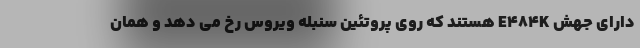
دارای جهش E۴۸۴K هستند که روی پروتئین سنبله ویروس رخ می دهد و همان